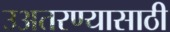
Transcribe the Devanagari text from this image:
उअतरण्यासाठी